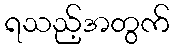
ရသည့်အတွက်